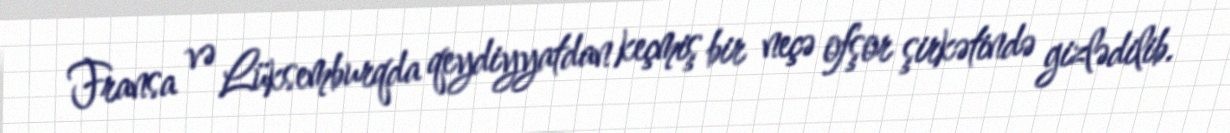
Fransa və Lüksemburqda qeydiyyatdan keçmiş bir neçə ofşor şirkətində gizlədilib.